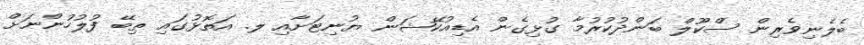
ބެލެނިވެރިން ސްކޫލް ބަންދުކުރުމާ ގުޅިގެން އެޑިއުކޭޝަން ޔުނިޓަށާއި ލ. އަތޮޅުގައި ތިބޭ ފުލުހުންނަށް